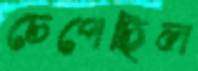
চেপেছিল